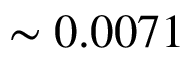
\sim 0 . 0 0 7 1